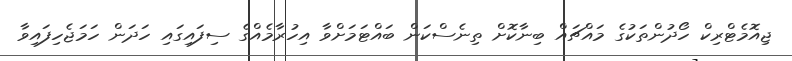
ޖިއޮމެޓްރިކް ހޯދުންތަކުގެ މައްޗައް ބިނާކޮށް ތިނެސްކަން ބައްޓަމަށްވާ އިހުރާމެއްގެ ސިފައިގައި ހަދަން ހަމަޖެހިފައިވާ